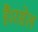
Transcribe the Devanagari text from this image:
हैं।रसेल